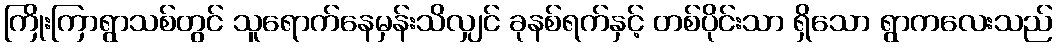
ကြိုးကြာရွာသစ်တွင် သူရောက်နေမှန်းသိလျှင် ခုနစ်ရက်နှင့် တစ်ပိုင်းသာ ရှိသော ရွာကလေးသည်